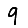
Digit: 9